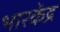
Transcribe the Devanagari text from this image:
भारकेंद्र